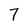
Character: 7